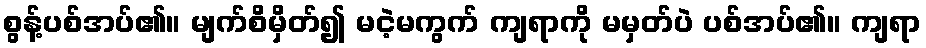
စွန့်ပစ်အပ်၏။ မျက်စိမှိတ်၍ မငဲ့မကွက် ကျရာကို မမှတ်ပဲ ပစ်အပ်၏။ ကျရာ